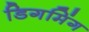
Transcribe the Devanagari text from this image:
डिगमिंग